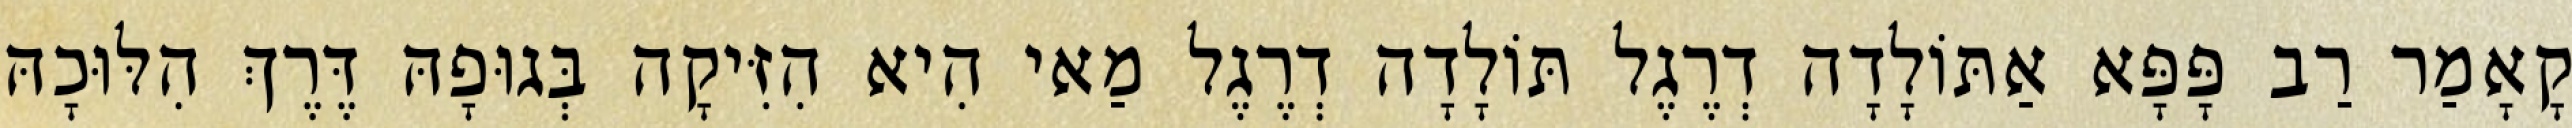
קָאָמַר רַב פָּפָּא אַתּוֹלָדָה דְרֶגֶל תּוֹלָדָה דְרֶגֶל מַאי הִיא הִזִּיקָה בְּגוּפָהּ דֶּרֶךְ הִלּוּכָהּ